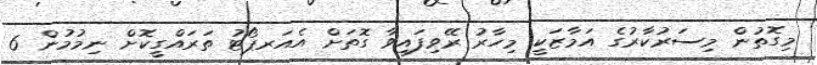
މިގޮތުން މިސަރުކާރުގެ އަމާޒަކީ މިހާރު ރޭވިފައިވާ ގޮތަށް އެއަރޕޯޓު ތަރައްގީކޮށް ނިމުމުން 6